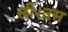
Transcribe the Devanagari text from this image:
ली।उस